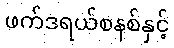
ဖက်ဒရယ်စနစ်နှင့်